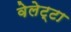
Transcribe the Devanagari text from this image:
वेलेट्टा